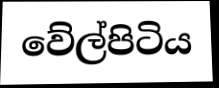
වේල්පිටිය